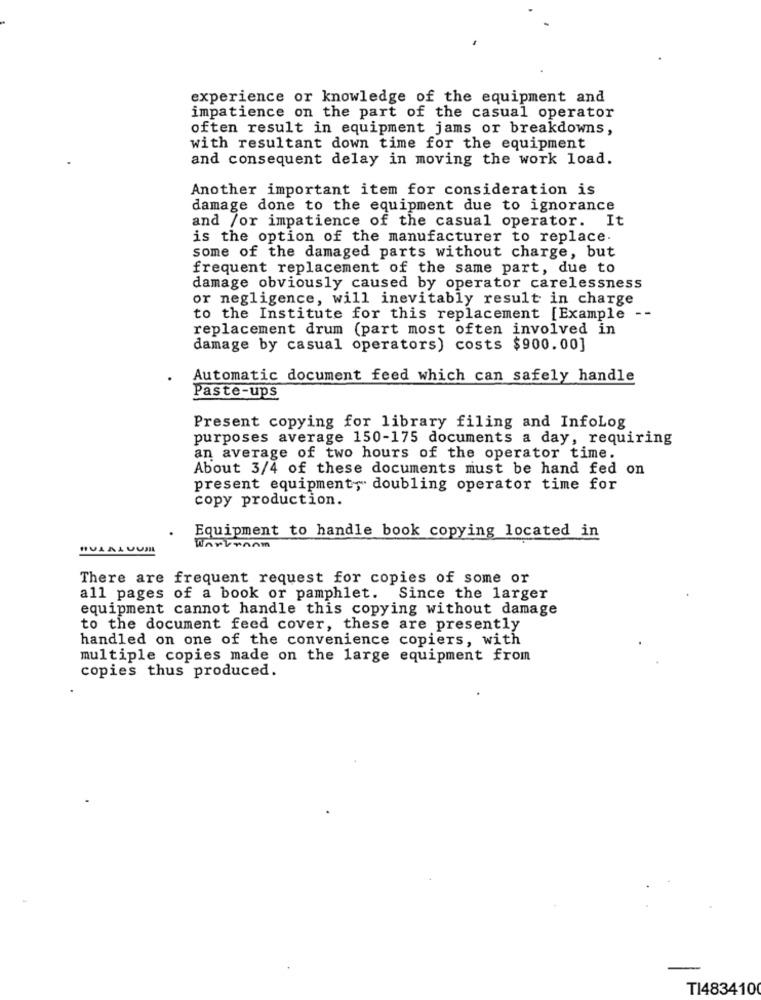
experience or knowledge of the equipment and
impatience on the part of the casual operator
often result in equipment jams or breakdowns,
with resultant down time for the equipment
and consequent delay in moving the work load.
Another important item for consideration is
damage done to the equipment due to ignorance
and /or impatience of the casual operator. It
is the option of the manufacturer to replace
some of the damaged parts without charge, but
frequent replacement of the same part, due to
damage obviously caused by operator carelessness
or negligence, will inevitably result in charge
to the Institute for this replacement [Example --
replacement drum (part most often involved in
damage by casual operators) costs $900.00]
Automatic document feed which can safely handle
Paste-ups
Present copying for library filing and InfoLog
purposes average 150-175 documents a day, requiring
an average of two hours of the operator time.
About 3/4 of these documents must be hand fed on
present equipment, doubling operator time for
copy production.
Equipment to handle book copying located in
There are frequent request for copies of some or
all pages of a book or pamphlet. Since the larger
equipment cannot handle this copying without damage
to the document feed cover, these are presently
handled on one of the convenience copiers, with
multiple copies made on the large equipment from
copies thus produced.
TI483410